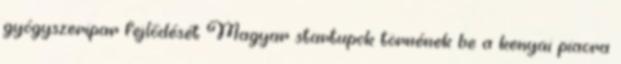
gyógyszeripar fejlődését Magyar startupok törnének be a kenyai piacra